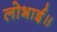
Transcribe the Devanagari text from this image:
लोभाई॥